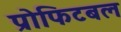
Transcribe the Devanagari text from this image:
प्रोफिटबल